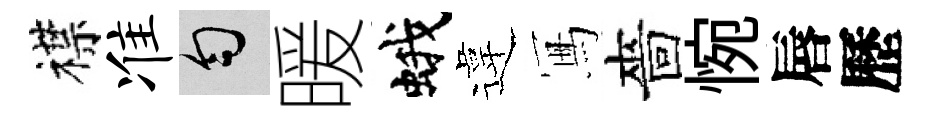
襟准匀暖蛾違冩嗇惋唇歷